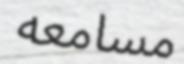
مسامعه